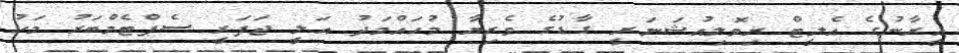
އީރާނުގެ އެލީޓް ރިވޮލިއުޝަނަރީ ގާޑުގެ ވެރިޔާ މުހައްމަދު އަލީ ޖަފަރީ ސެޕްޓެމްބަރު މަހު